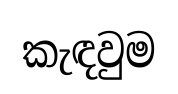
කැඳවුම